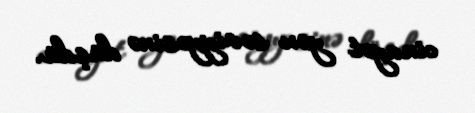
cinayət yox səviyyəsinə düşdü.